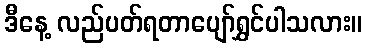
ဒီနေ့ လည်ပတ်ရတာပျော်ရွှင်ပါသလား။